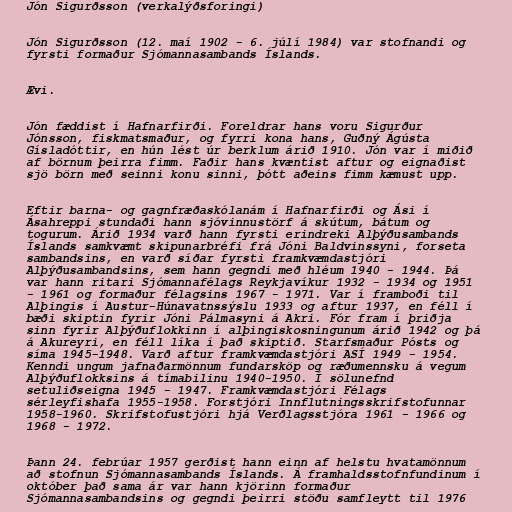
Jón Sigurðsson (verkalýðsforingi)

Jón Sigurðsson (12. maí 1902 - 6. júlí 1984) var stofnandi og
fyrsti formaður Sjómannasambands Íslands.

Ævi.

Jón fæddist í Hafnarfirði. Foreldrar hans voru Sigurður
Jónsson, fiskmatsmaður, og fyrri kona hans, Guðný Ágústa
Gísladóttir, en hún lést úr berklum árið 1910. Jón var í miðið
af börnum þeirra fimm. Faðir hans kvæntist aftur og eignaðist
sjö börn með seinni konu sinni, þótt aðeins fimm kæmust upp.

Eftir barna- og gagnfræðaskólanám í Hafnarfirði og Ási í
Ásahreppi stundaði hann sjóvinnustörf á skútum, bátum og
togurum. Árið 1934 varð hann fyrsti erindreki Alþýðusambands
Íslands samkvæmt skipunarbréfi frá Jóni Baldvinssyni, forseta
sambandsins, en varð síðar fyrsti framkvæmdastjóri
Alþýðusambandsins, sem hann gegndi með hléum 1940 - 1944. Þá
var hann ritari Sjómannafélags Reykjavíkur 1932 - 1934 og 1951
- 1961 og formaður félagsins 1967 - 1971. Var í framboði til
Alþingis í Austur-Húnavatnssýslu 1933 og aftur 1937, en féll í
bæði skiptin fyrir Jóni Pálmasyni á Akri. Fór fram í þriðja
sinn fyrir Alþýðuflokkinn í alþingiskosningunum árið 1942 og þá
á Akureyri, en féll líka í það skiptið. Starfsmaður Pósts og
síma 1945-1948. Varð aftur framkvæmdastjóri ASÍ 1949 - 1954.
Kenndi ungum jafnaðarmönnum fundarsköp og ræðumennsku á vegum
Alþýðuflokksins á tímabilinu 1940-1950. Í sölunefnd
setuliðseigna 1945 - 1947. Framkvæmdastjóri Félags
sérleyfishafa 1955-1958. Forstjóri Innflutningsskrifstofunnar
1958-1960. Skrifstofustjóri hjá Verðlagsstjóra 1961 - 1966 og
1968 - 1972.

Þann 24. febrúar 1957 gerðist hann einn af helstu hvatamönnum
að stofnun Sjómannasambands Íslands. Á framhaldsstofnfundinum í
október það sama ár var hann kjörinn formaður
Sjómannasambandsins og gegndi þeirri stöðu samfleytt til 1976